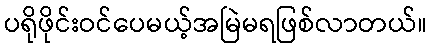
ပရိုဖိုင်းဝင်ပေမယ့်အမြဲမရဖြစ်လာတယ်။